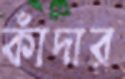
কাঁদার